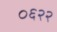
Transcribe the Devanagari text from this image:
०६२२